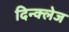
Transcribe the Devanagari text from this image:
दिन्क्लेज